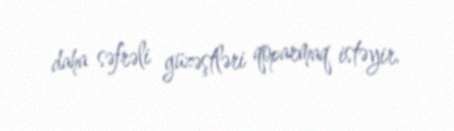
daha səfrəli güzəştləri qoparmaq istəyir.